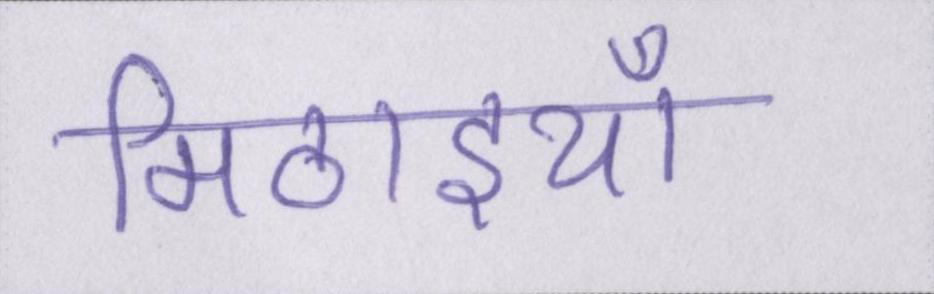
मिठाइयाँ